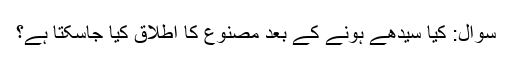
سوال: کیا سیدھے ہونے کے بعد مصنوع کا اطلاق کیا جاسکتا ہے؟